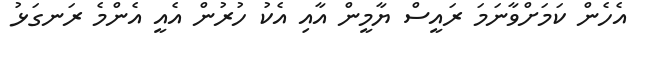
އެހެން ކަމަށްވާނަމަ ރައީސް ޔާމީން އާއި އެކު ހުރުން އެއީ އެންމެ ރަނގަޅު